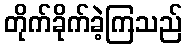
တိုက်ခိုက်ခဲ့ကြသည်